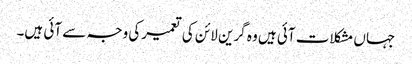
جہاں مشکلات آئی ہیں وہ گرین لائن کی تعمیرکی وجہ سے آئی ہیں۔